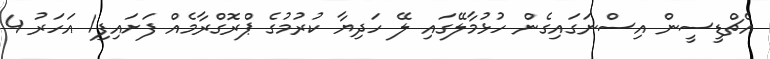
އެޗްޑީސީން އިސްނަގައިގެން ހުޅުމާލޭގައި ލޭ ހަދިޔާ ކުުރުމުގެ ޕްރޮގްރާމެއް ފަށައިފި1 އަހަރު 4